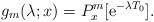
LaTeX: \begin{align*}g_m(\lambda;x) = P^m_x[\mathrm{e}^{-\lambda T_0}]. \end{align*}